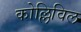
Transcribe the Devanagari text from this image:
कोल्लिविल